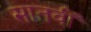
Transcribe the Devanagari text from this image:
सातवीँ